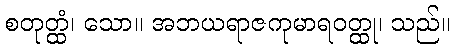
စတုတ္ထံ၊ သော။ အဘယရာဇကုမာရဝတ္ထု၊ သည်။